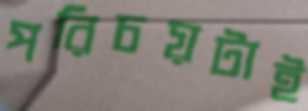
পরিচয়টাই